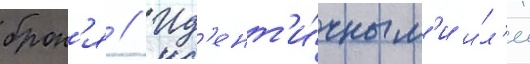
брон'я // Ид'ент'и́чным'и и́л'и